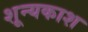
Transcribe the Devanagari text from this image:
शून्यकाश